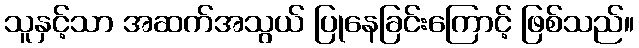
သူနှင့်သာ အဆက်အသွယ် ပြုနေခြင်းကြောင့် ဖြစ်သည်။